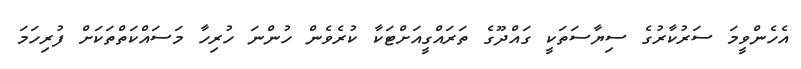
އެހެންވީމަ ސަރުކާރުގެ ސިޔާސަތަކީ ގައްދޫގެ ތަރައްގީއަށްޓަކާ ކުރެވެން ހުންނަ ހުރިހާ މަސައްކަތްތަކަށް ފުރިހަމަ